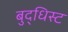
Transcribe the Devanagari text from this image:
बुद्धिस्ट